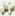
مزعل